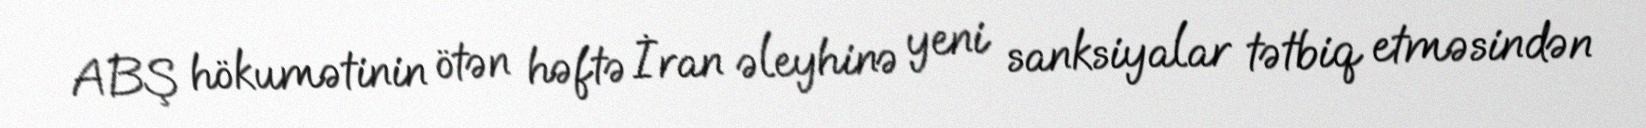
ABŞ hökumətinin ötən həftə İran əleyhinə yeni sanksiyalar tətbiq etməsindən